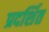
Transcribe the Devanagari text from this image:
प्रदर्शित